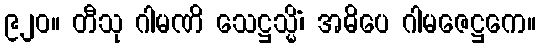
၉၂၀။ တီသု ဂါမဏိ သေဋ္ဌသ္မိံ၊ အဓိပေ ဂါမဇေဋ္ဌကေ။